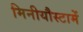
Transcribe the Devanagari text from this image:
मिनीयौस्टामें